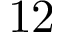
1 2